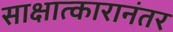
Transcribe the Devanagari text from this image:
साक्षात्कारानंतर